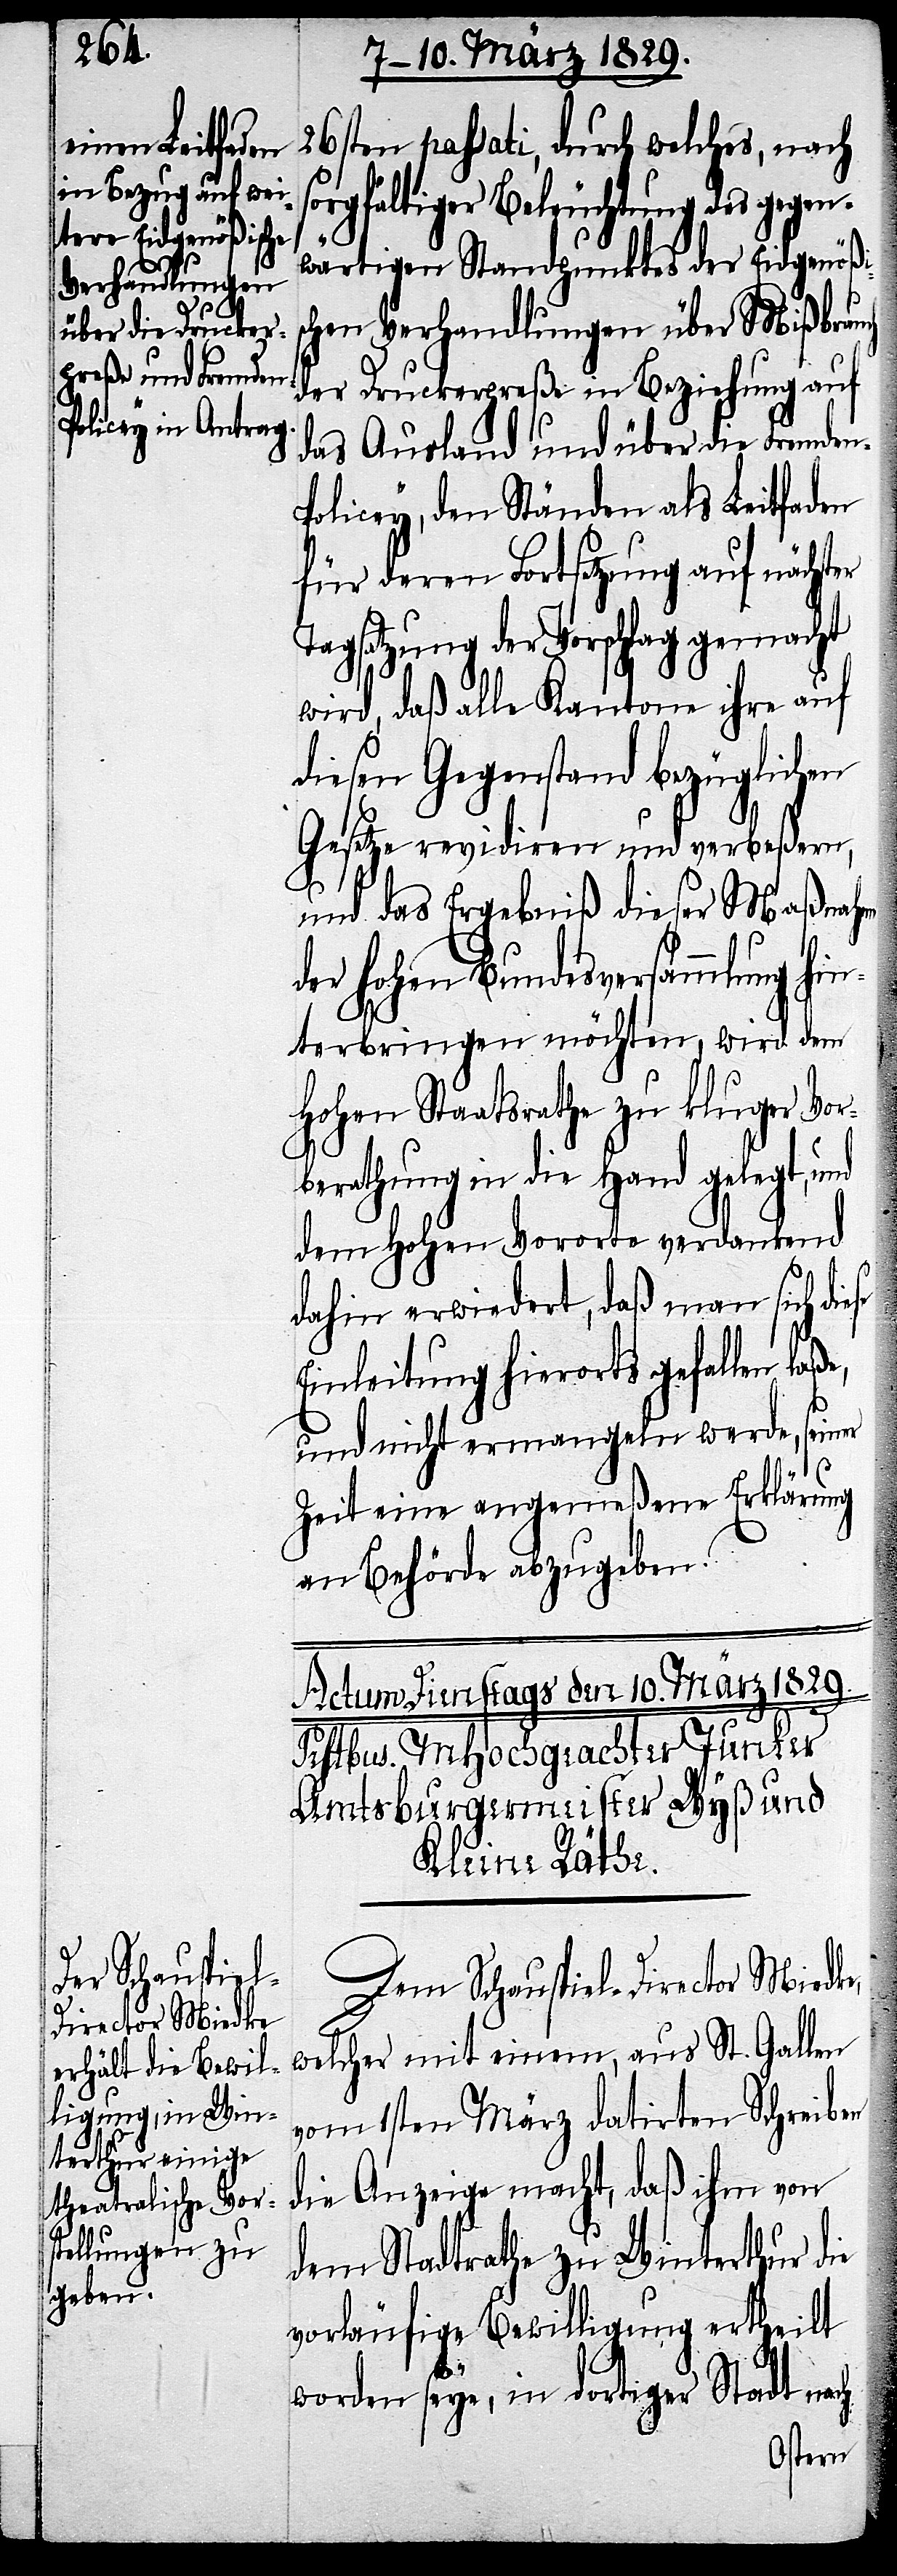
26sten passati, durch welches, nach
orgfältiger Beleuchtung des gegen¬
wärtigen Standpunktes der Eidgenößi¬
schen Verhandlungen über Mißbrau¬
der Druckerpreße in Beziehung auf
das Ausland und über die Fremden-P¬
olicey, den Ständen als Leitfaden
für deren Fortsetzung auf nächst¬
Tagsatzung der Vorschlag gemacht
wird, daß alle Kantone ihre auf
diesen Gegenstand bezüglichen
Gesetze revidiren und verbeßern,
und das Ergebniß dieser Maßnah¬
der hohen Bundesversammlung hin¬
terbringen möchten, wird dem
Hohen Staatsrathe zu kluger Vor¬
berathung in die Hand gelegt, und
dem Hohen Vororte verdankend
dahin erwiedert, daß man sich di¬
Einleitung hierorts gefallen laß¬
und nicht ermangeln werde, seiner
Zeit angemeßene Erklärung
an Behörde abzugeben.
e,
Dem Schauspiel-Director Miedke,
welcher mit einem, aus St. Gallen
vom 1sten März datirten Schreiben
die Anzeige macht, daß ihm von
dem Stadtrathe zu Winterthur die
vorläufige Bewilligung ertheilt
worden seye, in dortiger Stadt nach